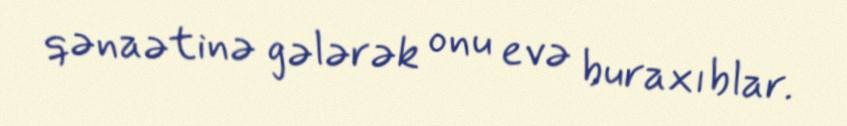
qənaətinə gələrək onu evə buraxıblar.